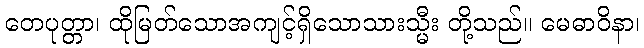
တေပုတ္တာ၊ ထိုမြတ်သောအကျင့်ရှိသောသားသ္မီး တို့သည်။ မေဓာဝိနာ၊